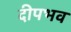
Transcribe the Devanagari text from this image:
दीपभव